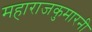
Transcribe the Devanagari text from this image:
महाराजकुमारनी